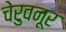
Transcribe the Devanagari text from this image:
चेरुवनूर